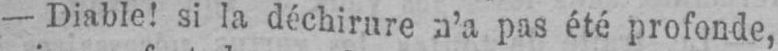
- Diable! si la déchirure n’a pas été profonde,